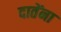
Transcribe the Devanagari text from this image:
दातेंना